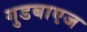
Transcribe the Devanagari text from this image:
गुडबाएज